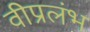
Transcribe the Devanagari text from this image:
वीप्रलंभ